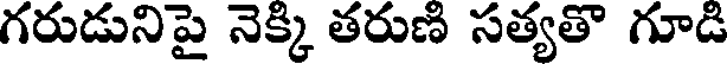
గరుడునిపై నెక్కి తరుణి సత్యతొ గూడి